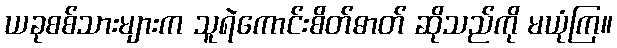
ယခုစစ်သားများက သူရဲကောင်းစိတ်ဓာတ် ဆိုသည်ကို မယုံကြ။